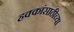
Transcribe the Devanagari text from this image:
हक्कांसाठीच्या